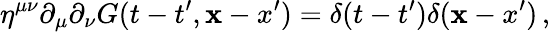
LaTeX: \eta^{\mu\nu}\partial_{\mu}\partial_{\nu}G(t-t^{\prime},{\mathbf x-x^{\prime}})=\delta(t-t^{\prime})\delta({\mathbf x-x^{\prime}})\, ,